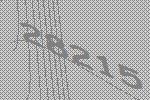
28215